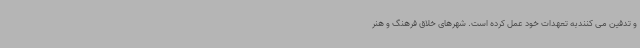
و تدفین می کنندبه تعهدات خود عمل کرده است. شهرهای خلاق فرهنگ و هنر